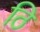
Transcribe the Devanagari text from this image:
ठि